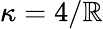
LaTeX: \kappa=4/\mathbb{R}